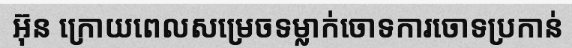
អ៊ុន ក្រោយពេលសម្រេចទម្លាក់ចោទការចោទប្រកាន់